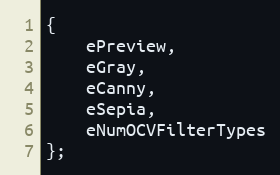
Language: C
{
    ePreview,
    eGray,
    eCanny,
    eSepia,
    eNumOCVFilterTypes
};